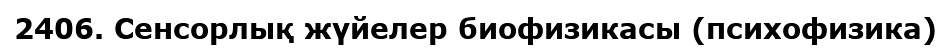
2406. Сенсорлық жүйелер биофизикасы (психофизика)